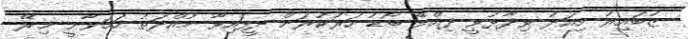
ޒުބައިރު މިއަދު ވިދާޅުވީ ދިއްލޭ ބޯޑު ހަރުކުރަން ދީފައިވާ މުއްދަތު ހަމަވާނީ މިރޭ